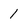
Character: 1